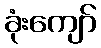
ခုံးကျော်